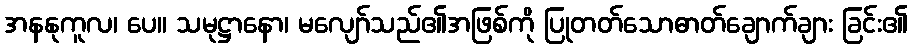
အနနုကူလ၊ ပေ။ သမုဋ္ဌာနော၊ မလျော်သည်၏အဖြစ်ကို ပြုတတ်သောဓာတ်ချောက်ချား ခြင်း၏